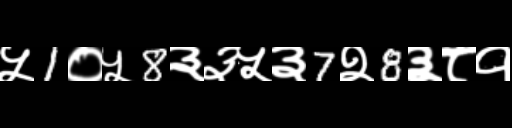
Text: ५1०५8३३५३7२8३८१